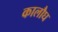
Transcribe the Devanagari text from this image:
कालौघ